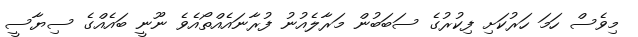
މިވެސް ހަމަ ހަރުކަށި ފިކުރުގެ ސަބަބުން މަރާލެއުނު ފުރާނައެއްތޯއެވެ ނޫނީ ބައެއްގެ ސިޔާސީ